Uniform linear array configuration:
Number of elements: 12
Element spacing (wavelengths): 0.5
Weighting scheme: binomial
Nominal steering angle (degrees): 60
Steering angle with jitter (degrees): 60.185
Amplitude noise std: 0.05
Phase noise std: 0.05

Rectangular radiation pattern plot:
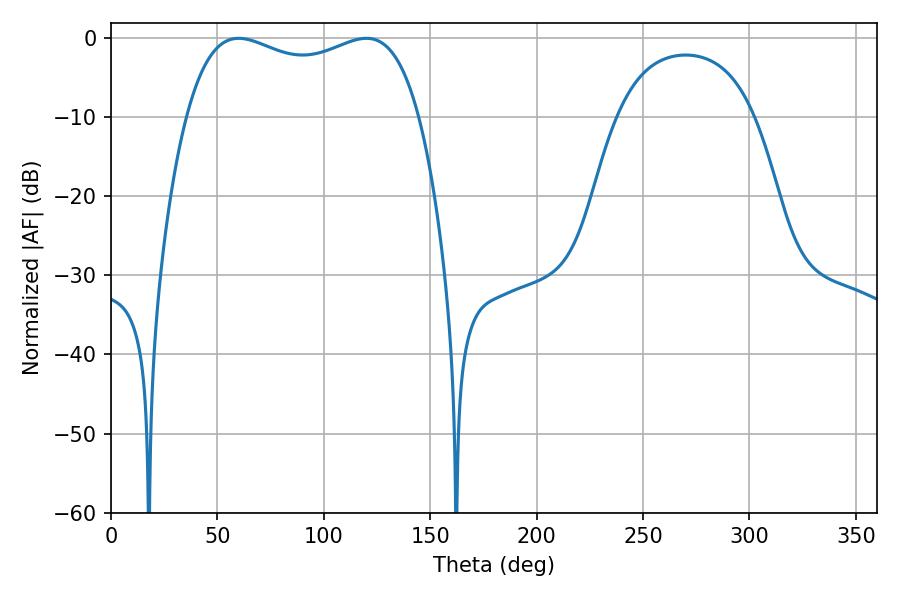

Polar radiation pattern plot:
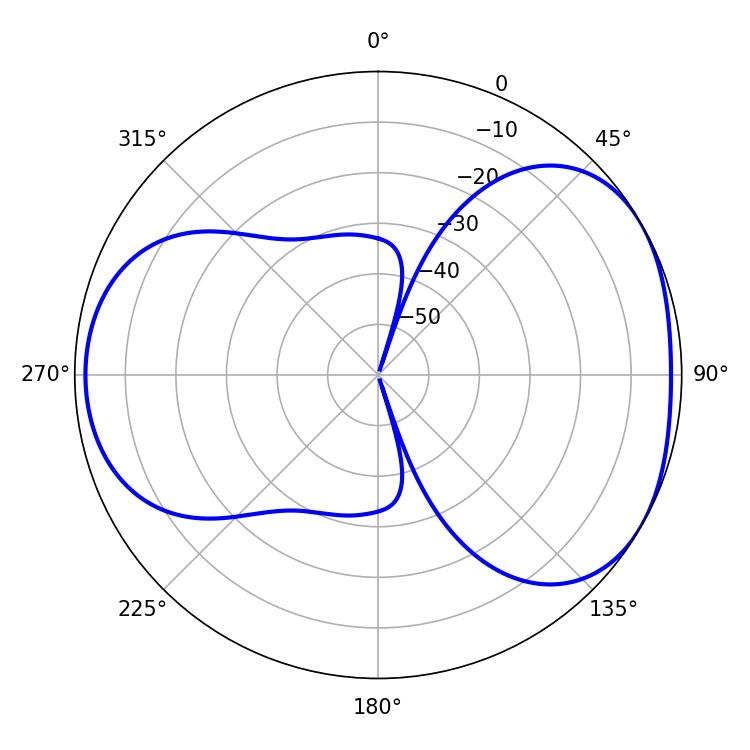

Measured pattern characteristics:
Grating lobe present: FALSE
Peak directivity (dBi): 4.384
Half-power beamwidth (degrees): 90
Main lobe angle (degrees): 59.94